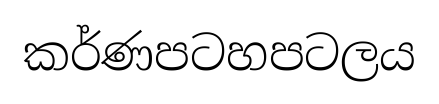
කර්ණපටහපටලය